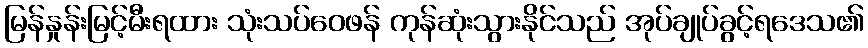
မြန်နှုန်းမြင့်မီးရထား သုံးသပ်ဝေဖန် ကုန်ဆုံးသွားနိုင်သည် အုပ်ချုပ်ခွင့်ရဒေသ၏